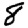
Digit: 8